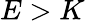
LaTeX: E>K